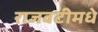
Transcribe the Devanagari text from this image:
राजवटीमधे